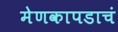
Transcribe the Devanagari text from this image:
मेणकापडाचं